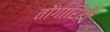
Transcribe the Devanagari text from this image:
तोंगारिरो